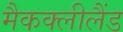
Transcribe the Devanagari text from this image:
मैकक्लीलैंड